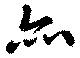
亦